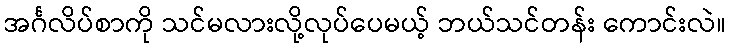
အင်္ဂလိပ်စာကို သင်မလားလို့လုပ်ပေမယ့် ဘယ်သင်တန်း ကောင်းလဲ။